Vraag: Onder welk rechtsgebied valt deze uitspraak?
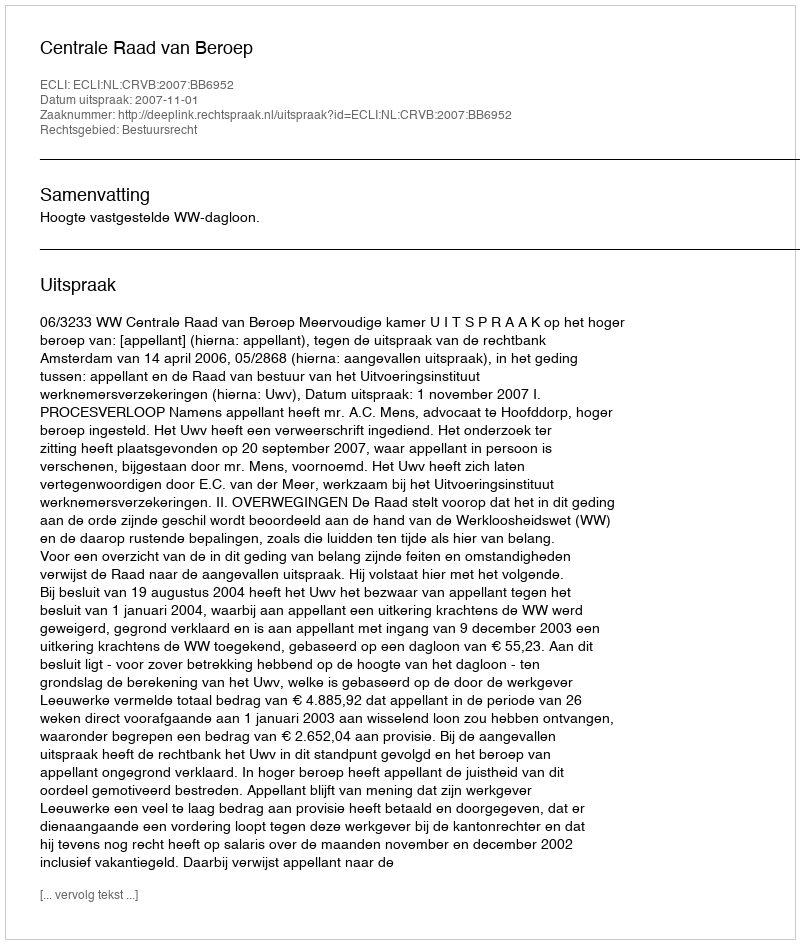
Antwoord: Bestuursrecht